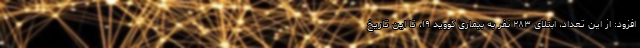
افزود: از این تعداد، ابتلای ۲۸۳ نفر به بیماری کووید ۱۹، تا این تاریخ